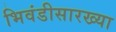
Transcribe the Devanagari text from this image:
भिवंडीसारख्या